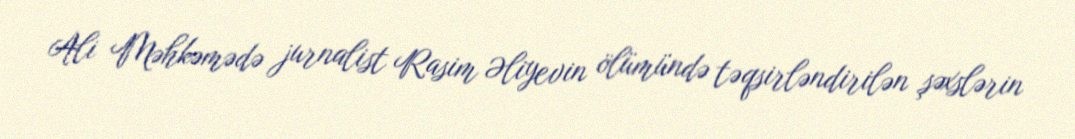
Ali Məhkəmədə jurnalist Rasim Əliyevin ölümündə təqsirləndirilən şəxslərin